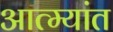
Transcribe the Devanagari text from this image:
आत्म्यांत